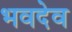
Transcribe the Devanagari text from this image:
भवदेव